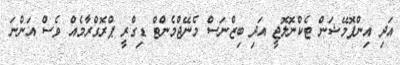
އަދި އިންފޮމޭޝަން ޓެކްނޮލޮޖީ އަދި ބިޒްނަސް މެނޭޖްމެންޓް ޑިގްރީ ޕްރޮގްރާމެއް ވެސް އަންނަ